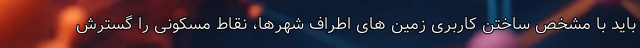
باید با مشخص ساختن کاربری زمین های اطراف شهرها، نقاط مسکونی را گسترش